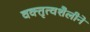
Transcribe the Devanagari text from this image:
वक्तृत्वशैलीने